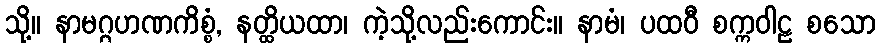
သို့။ နာမဂ္ဂဟဏကိစ္စံ, နတ္ထိယထာ၊ ကဲ့သို့လည်းကောင်း။ နာမံ၊ ပထဝီ စက္ကဝါဠ စသော